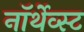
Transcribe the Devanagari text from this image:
नॉर्थेव्स्ट